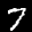
Label: 7